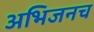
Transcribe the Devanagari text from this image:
अभिजनच